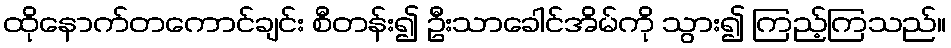
ထိုနောက်တကောင်ချင်း စီတန်း၍ ဦးသာခေါင်အိမ်ကို သွား၍ ကြည့်ကြသည်။